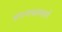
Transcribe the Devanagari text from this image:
संगणकामागे